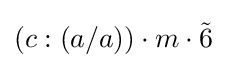
(c:(a/a))\cdot m\cdot {\tilde {6}}